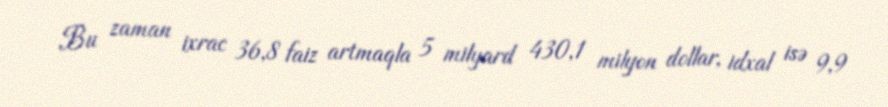
Bu zaman ixrac 36,8 faiz artmaqla 5 milyard 430,1 milyon dollar, idxal isə 9,9